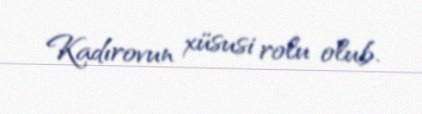
Kadırovun xüsusi rolu olub.